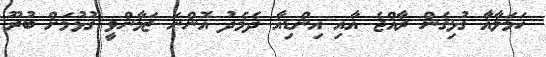
ހަމަލާއާ ގުޅިގެން ރާއްޖެ އާއި އިންޑިއާ ދެމެދު އޮންނަ ޒަމާންވީ ގުޅުމަށް ބުރޫ